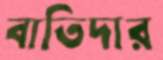
বাতিদার